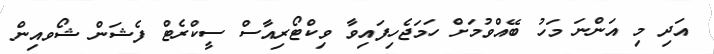
އަދި މި އަންނަ މަހު ބޭއްވުމަށް ހަމަޖެހިފައިވާ ވިކްޓޯރިއާސް ސީކްރެޓް ފެޝަން ޝޯވއިން